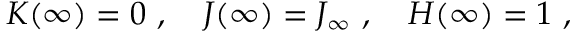
K ( \infty ) = 0 \ , \ \ \ J ( \infty ) = J _ { \infty } \ , \ \ \ H ( \infty ) = 1 \ ,